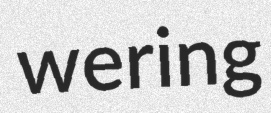
wering